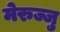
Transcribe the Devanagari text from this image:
मेरुज्जु